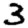
Digit: 3